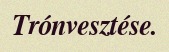
Trónvesztése.